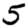
Digit: 5